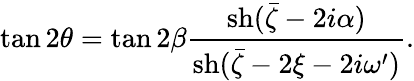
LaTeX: \tan 2\theta=\tan 2\beta\frac{\mathrm{sh}(\bar{\zeta}-2i\alpha)}{\mathrm{sh}(\bar{\zeta}-2\xi-2i\omega^{\prime})}.